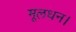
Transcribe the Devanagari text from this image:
मूलधन।